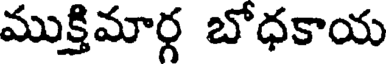
ముక్తిమార్గ బోధకాయ